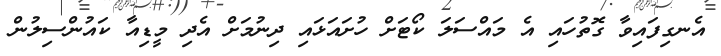
އެނގިފައިވާ ގޮތުހައި އެ މައްސަލަ ކޯޓަށް ހުށައަޅައި ދިނުމަށް އެދި މީޑިއާ ކައުންސިލުން